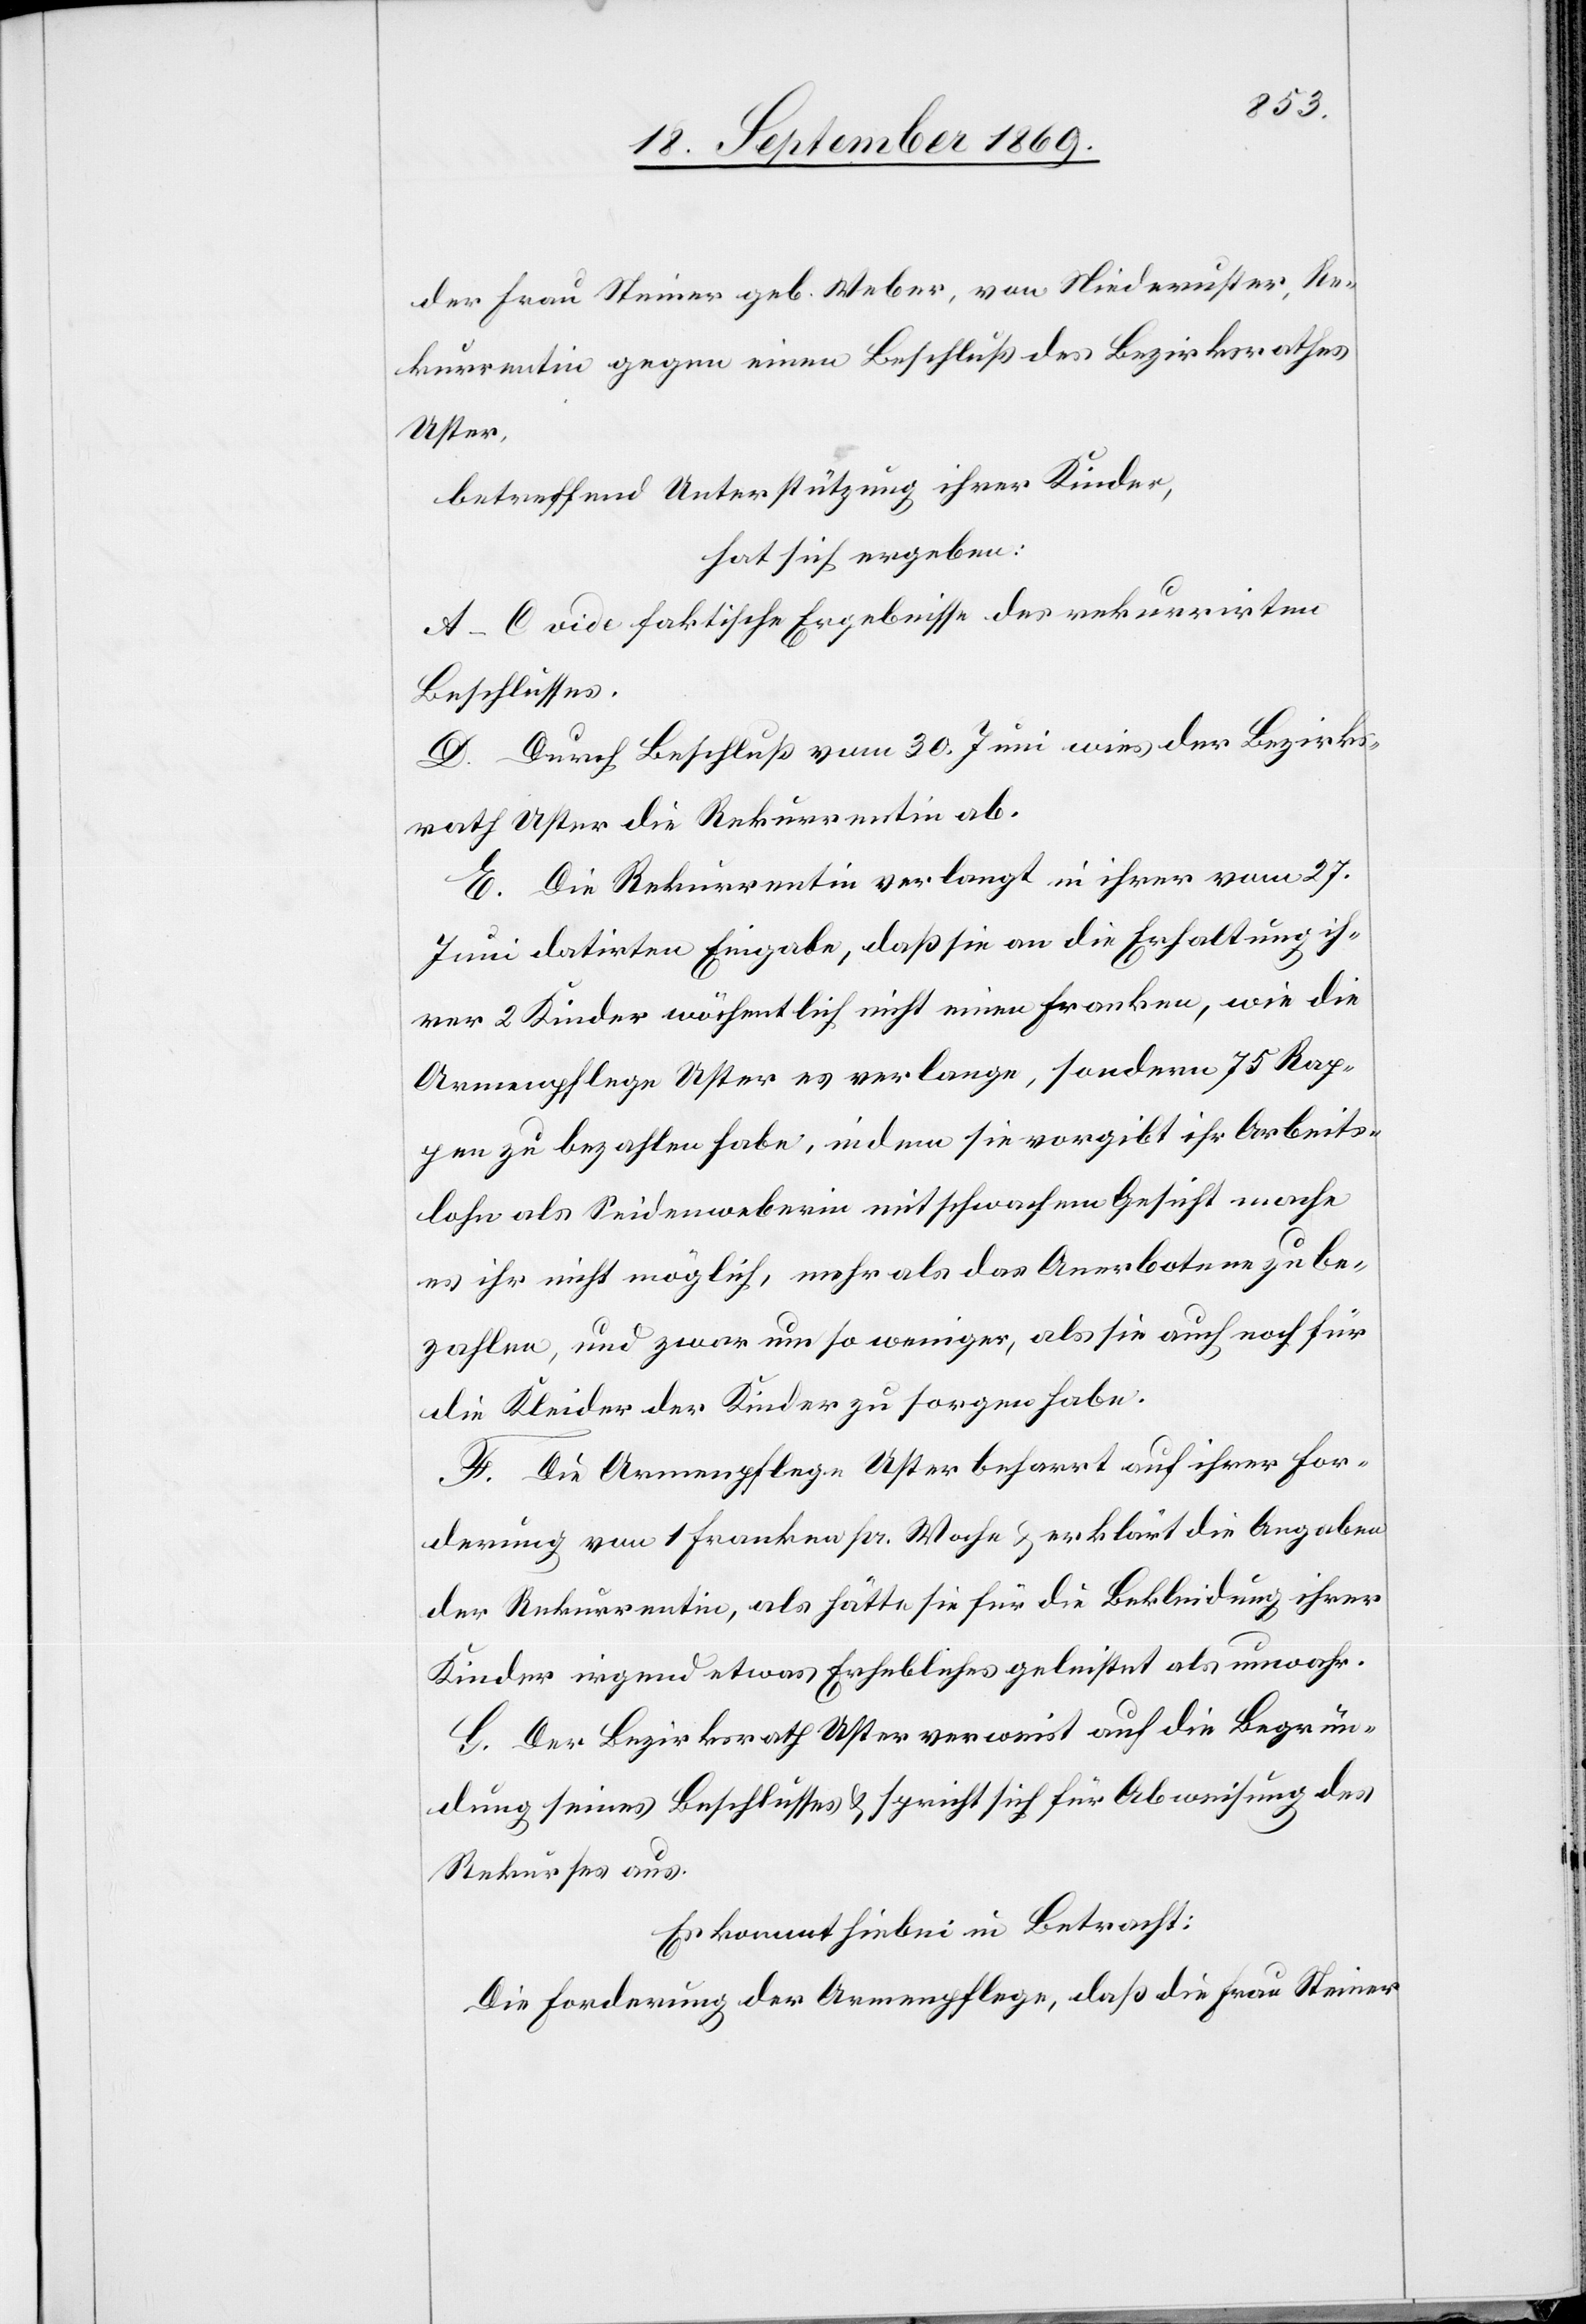
der Frau Steiner geb. Weber, von Niederuster, Re¬
kurrentin gegen einen Beschluß des Bezirksrathes
Uster,
betreffend Unterstützung ihrer Kinder,
hat sich ergeben:
A–C vide faktische Ergebnisse des rekurrirten
Beschlusses.
C. Durch Beschluß vom 30. Juni wies der Bezirks¬
rath Uster die Rekurrentin ab.
E. Die Rekurrentin verlangt in ihrer vom 27.
Juni datirten Eingabe, daß sie an die Erhaltung ih¬
rer 2 Kinder wöchentlich nicht einen Franken, wie die
Armenpflege Uster es verlange, sondern 75 Rap¬
pen zu bezahlen habe, indem sie vorgibt ihr Arbeits¬
lohn als Seidenweberin mit schwachem Gesicht mache
es ihr nicht möglich, mehr als das Anerbotene zu be¬
zahlen, und zwar um so weniger, als sie auch noch für
die Kleider der Kinder zu sorgen habe.
F. Die Armenpflege Uster beharrt auf ihrer For¬
derung von 1 Franken pr. Woche & erklärt die Angaben
der Rekurrentin, als hätte sie für die Bekleidung ihrer
Kinder irgend etwas Erhebliches geleistet als unwahr.
G. der Bezirksrath Uster verweist auf die Begrün¬
dung seines Beschlusses & spricht sich für Abweisung des
Rekurses aus.
Es kommt hiebei in Betracht:
Die Forderung der Armenpflege, daß die Frau Steiner